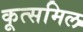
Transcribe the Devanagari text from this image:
कूत्समिल